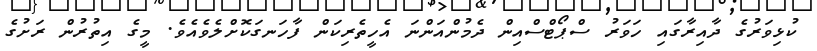
ކުޅިވަރުގެ ދާއިރާގައި ހަވަރު ސްޕޯޓްސްއިން ދެމުންއަންނަ އެހީތެރިކަން ފާހަނގަކޮށްލެވެއެވެ. މީގެ އިތުރުން ރަށުގެ